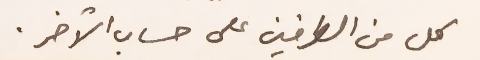
كل من الفريقين على حساب الآخر.